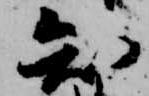
知